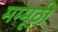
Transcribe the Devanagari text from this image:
मम्मूठी